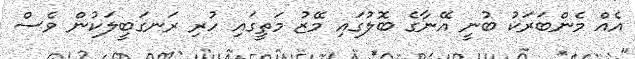
އެއް މެންބަރަކު ބުނީ އޭނާގެ ބޮލުގައި މޭޒު މަތީގައި ހުރި ރަނގަބީލަކުން ވެސް